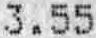
3.55